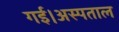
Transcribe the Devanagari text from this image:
गई।अस्पताल